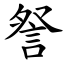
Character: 詧